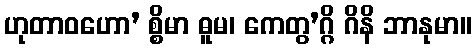
ဟုတာဝဟော’ စ္စိမာ ဓူမ၊ ကေတွ’ဂ္ဂိ ဂိနိ ဘာနုမာ။